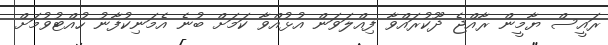
ރައީސް ޔާމީން ރާއްޖެ ދޫކުރައްވާ ފިއްލަވަން އުޅުއްވާ ކަމަށް ބުނެ އެމަނިކުފާނު ހުއްޓުވުމަށް